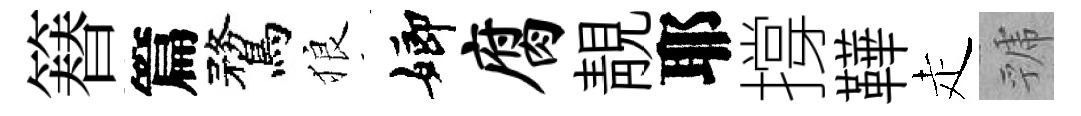
簮篇鶩狼嫏腐靚耶撐鞾走虢